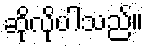
ဆိုလိုပါသည်။